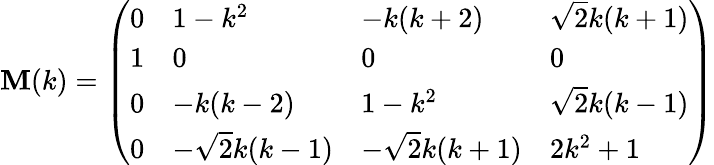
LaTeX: \begin{array}{r}{\mathbf{M}(k)=\left(\begin{array}{llll}{0}&{1-k^{2}}&{-k(k+2)}&{\sqrt{2}k(k+1)}\\ {1}&{0}&{0}&{0}\\ {0}&{-k(k-2)}&{1-k^{2}}&{\sqrt{2}k(k-1)}\\ {0}&{-\sqrt{2}k(k-1)}&{-\sqrt{2}k(k+1)}&{2k^{2}+1}\end{array}\right)}\end{array}